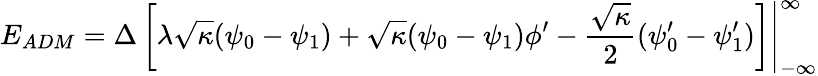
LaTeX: E_{ADM}=\left.{\Delta}\left[{\lambda}\sqrt{\kappa}({\psi}_{0}-{\psi}_{1})+\sqrt{\kappa}({\psi}_{0}-{\psi}_{1}){\phi}^{\prime}-\frac{\sqrt{\kappa}}{2}({\psi}_{0}^{\prime}-{\psi}_{1}^{\prime})\right]\right|_{-\infty}^{\infty}